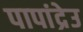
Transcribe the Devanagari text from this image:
पापांद्रेउ